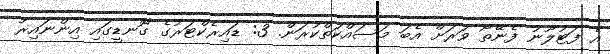
އެ ފަޓުލޫނު ފެނޭތޯ ވަރަށް އެބަ މަސައްކަތްކުރަން. 3: ޑައިރެކްޓަރުގެ ގޮނޑީގައި އިންނައިރު